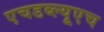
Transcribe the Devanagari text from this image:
एचडब्ल्यूएच